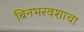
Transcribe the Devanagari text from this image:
बिनभरवशाचा